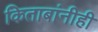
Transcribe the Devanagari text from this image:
किताबांनीही